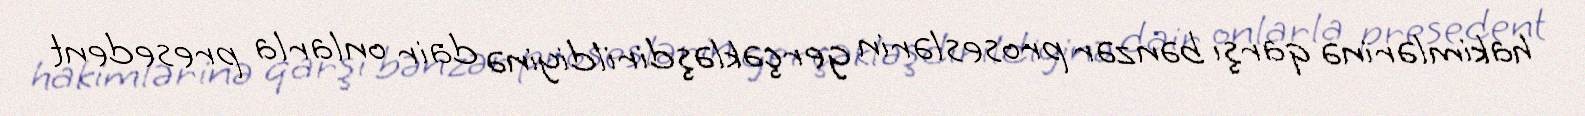
hakimlərinə qarşı bənzər proseslərin gerçəkləşdirildiyinə dair onlarla presedent